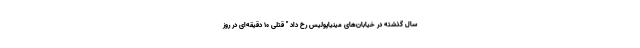
سال گذشته در خیابان‌های مینیاپولیس رخ داد " قتلی 10 دقیقه‌ای در روز